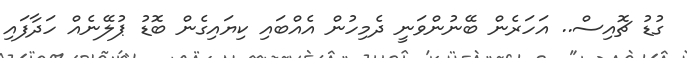
ގުޑު ޗޮއިސް.. އަހަރެން ބޭނުންވަނީ ދެމިހުން އެއްބައި ކިޔައިގެން ބޮޑު ޕުލޭނެއް ހަދާފައި